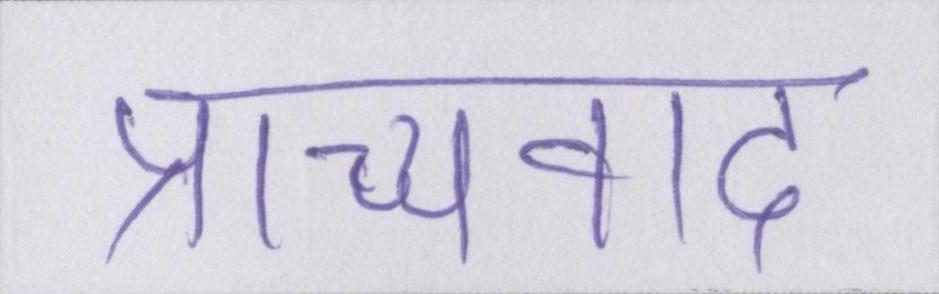
प्राच्यवाद